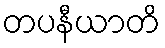
တပနီယာတိ